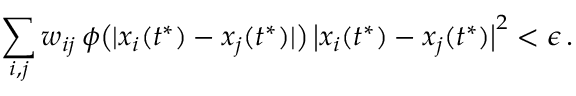
\sum _ { i , j } w _ { i j } \, \phi \big ( | x _ { i } ( t ^ { * } ) - x _ { j } ( t ^ { * } ) | \big ) \, \big | x _ { i } ( t ^ { * } ) - x _ { j } ( t ^ { * } ) \big | ^ { 2 } < \epsilon \, .